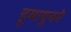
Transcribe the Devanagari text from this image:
हूमायुनने